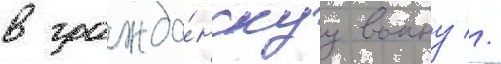
в гражда́нскуу воину //